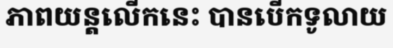
ភាពយន្តលើកនេះ បានបើកទូលាយ